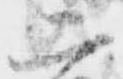
二